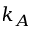
k _ { A }